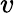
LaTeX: \displaystyle v